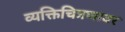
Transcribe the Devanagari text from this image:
व्यक्तिचित्रणावर